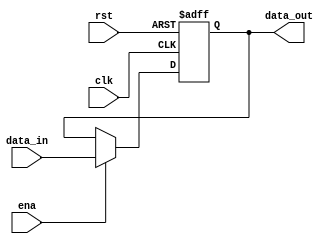
//////////////////////////////////////////////////////////////////////////////////
// 
// Project Name: Multi-cycle CPU with 54 Instructions Based on MIPS Architecture
//////////////////////////////////////////////////////////////////////////////////

`timescale 1ns / 1ps

module register(
    input clk, 
    input rst, 
    input ena, 
    input [31:0] data_in, 
    output [31:0] data_out 
    );

    reg [31:0] data;

    always @ (negedge clk or posedge rst)
    begin
        if(rst == 1) begin
            data <= 0;
        end

        else begin
            if(ena == 1) begin
                data <= data_in;
            end
        end
    end
    
    assign data_out = data;

endmodule